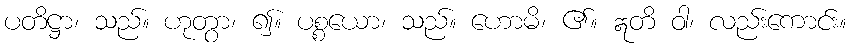
ပတိဋ္ဌာ၊ သည်။ ဟုတွာ၊ ၍။ ပစ္စယော၊ သည်။ ဟောမိ၊ ၏။ ဣတိ ဝါ၊ လည်းကောင်း။